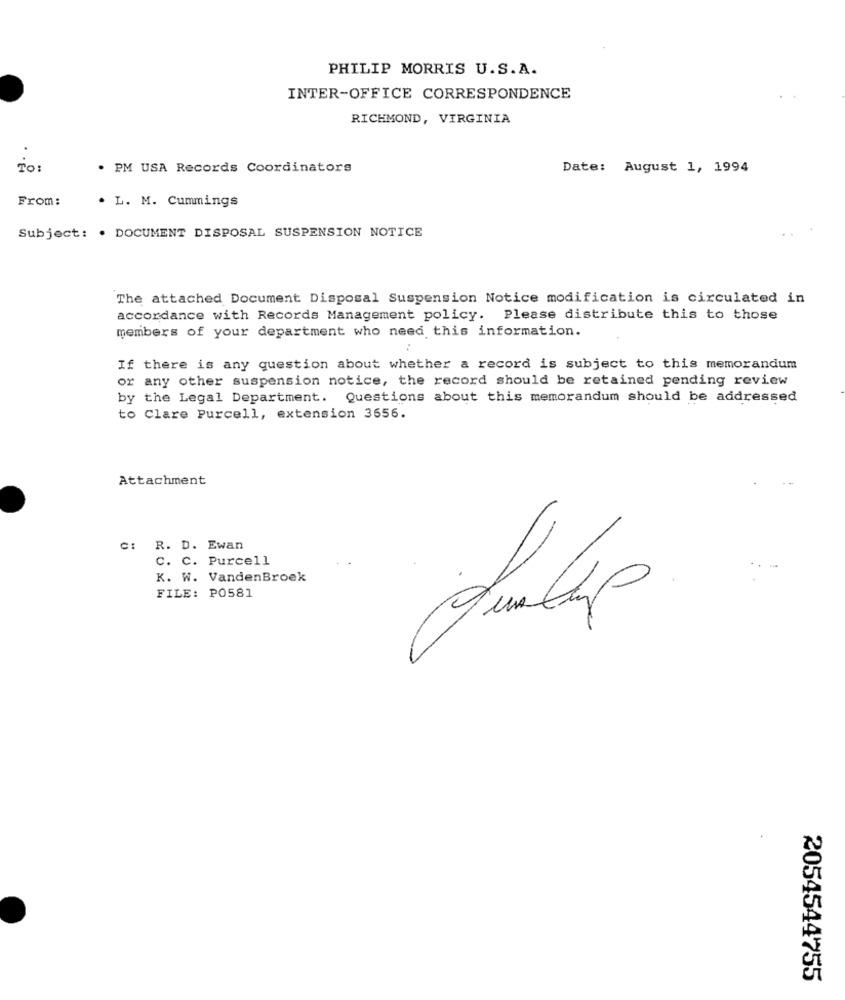
PHILIP MORRIS U.S.A.
INTER-OFFICE CORRESPONDENCE
RICHMOND, VIRGINIA
TO :
. PM USA Records Coordinators
Date: August 1, 1994
From:
. L. M. Cummings
Subject: . DOCUMENT DISPOSAL SUSPENSION NOTICE
The attached Document Disposal Suspension Notice modification is circulated in
accordance with Records Management policy. Please distribute this to those
members of your department who need this information.
If there is any question about whether a record is subject to this memorandum
or any other suspension notice, the record should be retained pending review
by the Legal Department. Questions about this memorandum should be addressed
to Clare Purcell, extension 3656.
Attachment
C: R. D. Ewan
C. C. Purcell
K. W. VandenBroek
FILE: PO581
2054544755